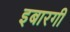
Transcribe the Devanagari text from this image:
इबारगी